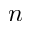
n